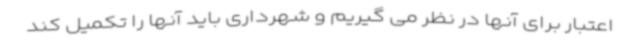
اعتبار برای آنها در نظر می گیریم و شهرداری باید آنها را تکمیل کند